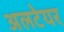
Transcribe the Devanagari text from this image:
अलटेयर